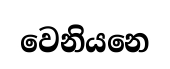
වෙනියනෙ